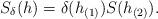
LaTeX: \begin{align*}S_{\delta}(h)=\delta(h_{(1)})S(h_{(2)}).\end{align*}